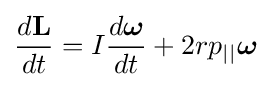
{\frac {d\mathbf {L} }{dt}}=I{\frac {d{\boldsymbol {\omega }}}{dt}}+2rp_{||}{\boldsymbol {\omega }}